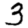
Digit: 3